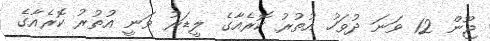
ޖޫން 12 ވަނަ ދުވަހު އުތުރު ކޮރެއާގެ ލީޑަރު ވަނީ އުތުރު ކޮރެއާގެ